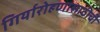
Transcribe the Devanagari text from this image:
गिर्यारोहणासाठीची